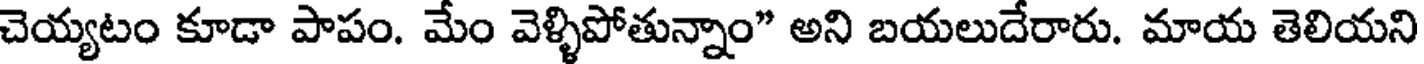
చెయ్యటం కూడా పాపం. మేం వెళ్ళిపోతున్నాం" అని బయలుదేరారు. మాయ తెలియని